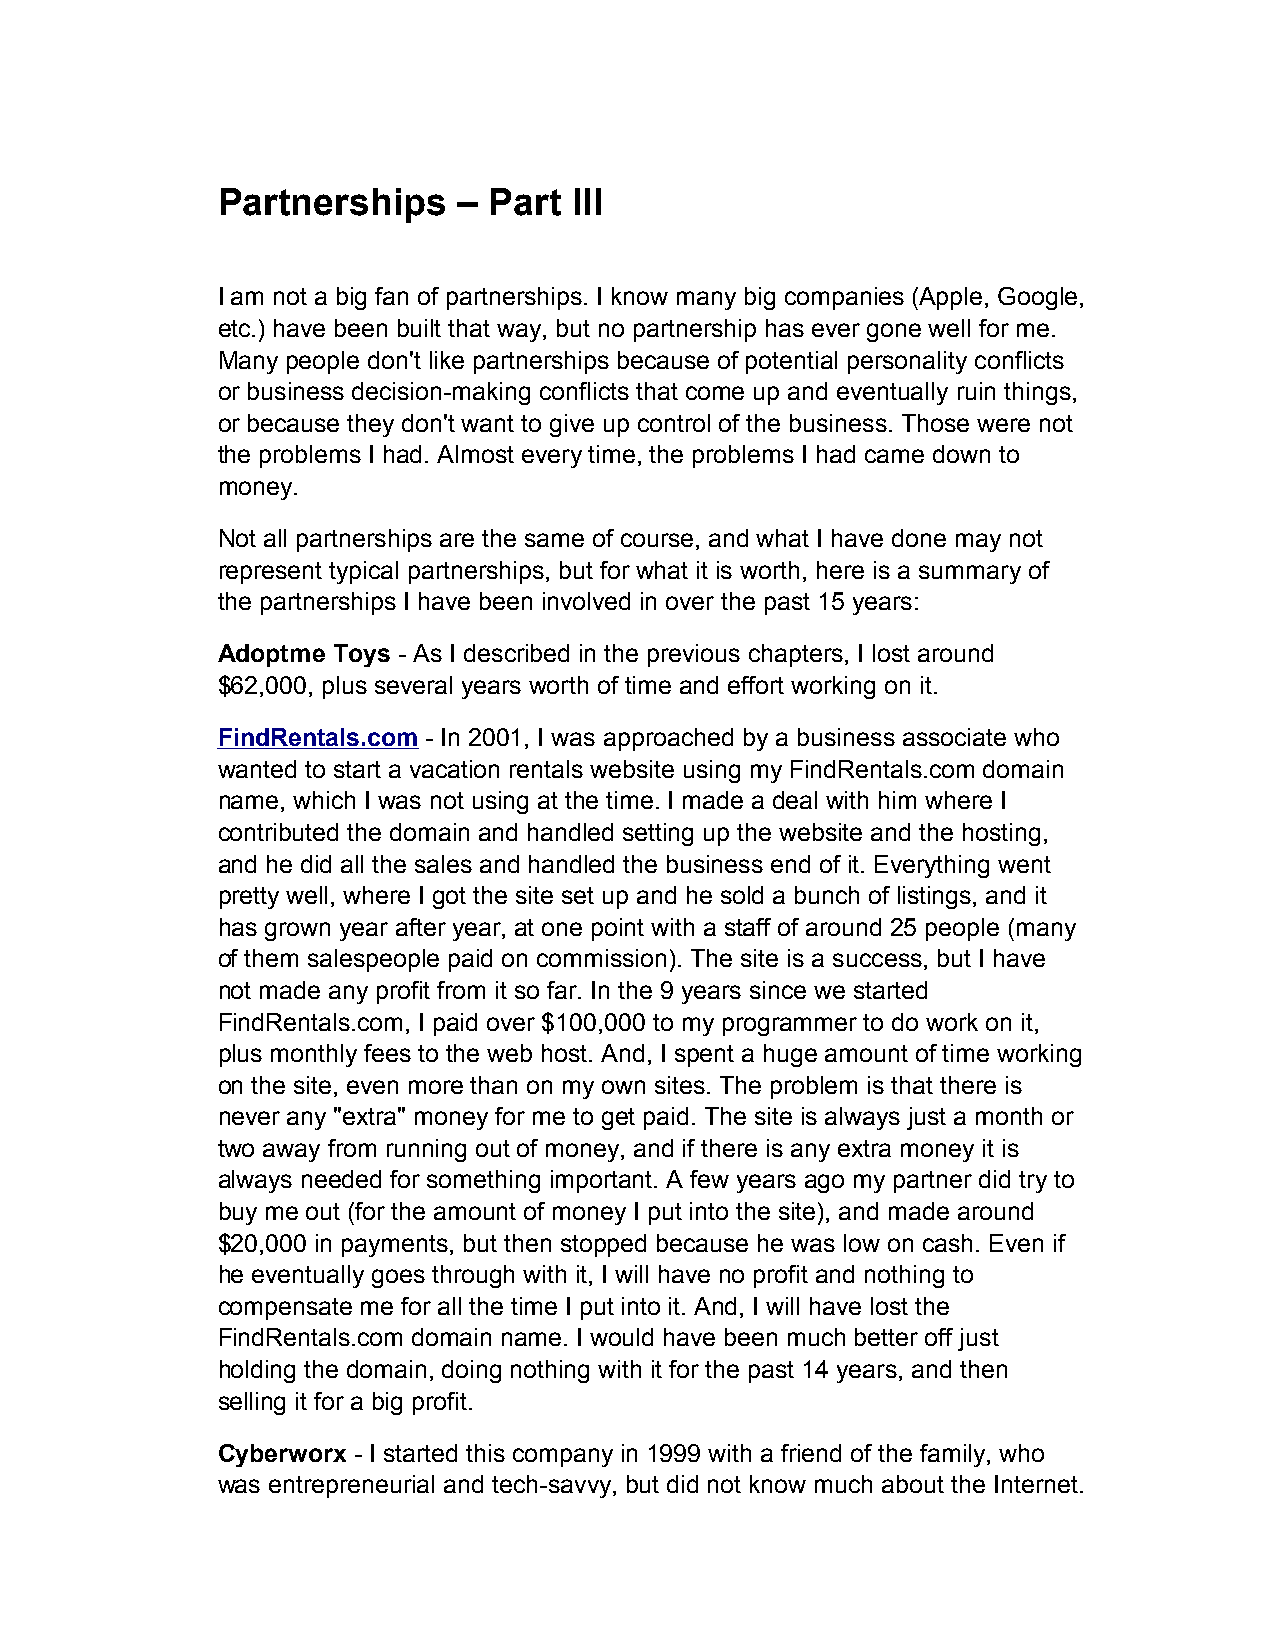
Partnerships    – Part  III
 I am not a big fan of partnerships. I know many big companies (Apple, Google,
 etc.) have been built that way, but no partnership has ever gone well for me.
 Many people don't like partnerships because of potential personality conflicts
 or business decision-making conflicts that come up and eventually ruin things,
 or because they don't want to give up control of the business. Those were not
 the problems I had. Almost every time, the problems I had came down to
 money.
 Not all partnerships are the same of course, and what I have done may not
 represent typical partnerships, but for what it is worth, here is a summary of
 the partnerships I have been involved in over the past 15 years:
 Adoptme Toys - As I described in the previous chapters, I lost around
 $62,000, plus several years worth of time and effort working on it.
 FindRentals.com - In 2001, I was approached by a business associate who
 wanted to start a vacation rentals website using my FindRentals.com domain
 name, which I was not using at the time. I made a deal with him where I
 contributed the domain and handled setting up the website and the hosting,
 and he did all the sales and handled the business end of it. Everything went
 pretty well, where I got the site set up and he sold a bunch of listings, and it
 has grown year after year, at one point with a staff of around 25 people (many
 of them salespeople paid on commission). The site is a success, but I have
 not made any profit from it so far. In the 9 years since we started
 FindRentals.com, I paid over $100,000 to my programmer to do work on it,
 plus monthly fees to the web host. And, I spent a huge amount of time working
 on the site, even more than on my own sites. The problem is that there is
 never any "extra" money for me to get paid. The site is always just a month or
 two away from running out of money, and if there is any extra money it is
 always needed for something important. A few years ago my partner did try to
 buy me out (for the amount of money I put into the site), and made around
 $20,000 in payments, but then stopped because he was low on cash. Even if
 he eventually goes through with it, I will have no profit and nothing to
 compensate me for all the time I put into it. And, I will have lost the
 FindRentals.com domain name. I would have been much better off just
 holding the domain, doing nothing with it for the past 14 years, and then
 selling it for a big profit.
 Cyberworx - I started this company in 1999 with a friend of the family, who
 was entrepreneurial and tech-savvy, but did not know much about the Internet.